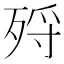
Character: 𣨅